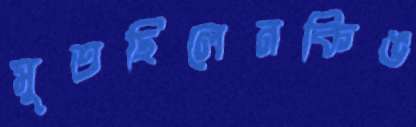
মুতছিলেনকিঙ